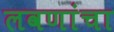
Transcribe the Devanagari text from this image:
लवणांचा